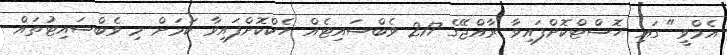
އެމްވީ" ގައި ހޮސްޓްކޮށްފައިވާ ރާއްޖޭގެ 217 ވެބްސައިޓެއް ހެކްކޮށްފައިވާ ކަމަށް މި ވެބްސައިޓުތައް